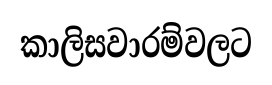
කාලිසවාරම්වලට